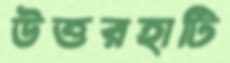
উত্তরহাটি